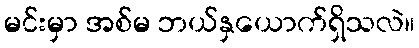
မင်းမှာ အစ်မ ဘယ်နှယောက်ရှိသလဲ။